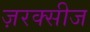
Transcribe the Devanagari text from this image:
ज़रक्सीज